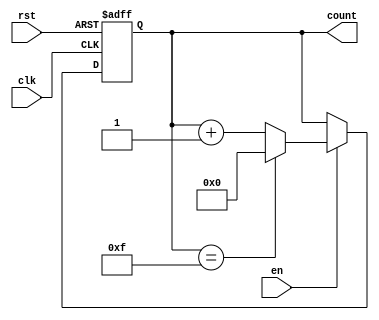
module MemoryBlocksBinaryCounter #(
    parameter WIDTH = 4,                // Number of bits in the counter (max value is 2^WIDTH - 1)
    parameter INITIAL_VALUE = 0          // Initial value of the counter
)(
    input wire clk,                      // Clock input
    input wire rst,                      // Asynchronous reset
    input wire en,                       // Enable signal
    output reg [WIDTH-1:0] count         // Current count output
);

    // Maximum value for the counter based on the width
    localparam MAX_VALUE = (1 << WIDTH) - 1;

    // Asynchronous reset and counting logic
    always @(posedge clk or posedge rst) begin
        if (rst) begin
            // Reset to initial value
            count <= INITIAL_VALUE;
        end else if (en) begin
            // Increment the counter with rollover
            if (count == MAX_VALUE) begin
                count <= INITIAL_VALUE; // Roll over to initial value
            end else begin
                count <= count + 1; // Increment counter
            end
        end
    end

endmodule